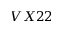
V X 2 2